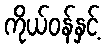
ကိုယ်ဝန်နှင့်